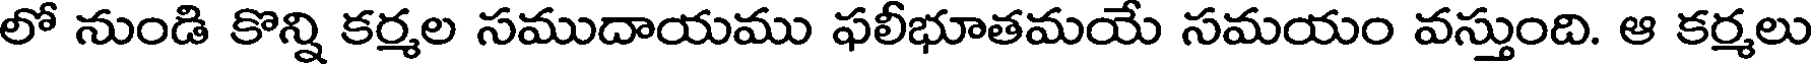
లో నుండి కొన్ని కర్మల సముదాయము ఫలీభూతమయే సమయం వస్తుంది. ఆ కర్మలు